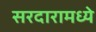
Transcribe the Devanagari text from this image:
सरदारामध्ये